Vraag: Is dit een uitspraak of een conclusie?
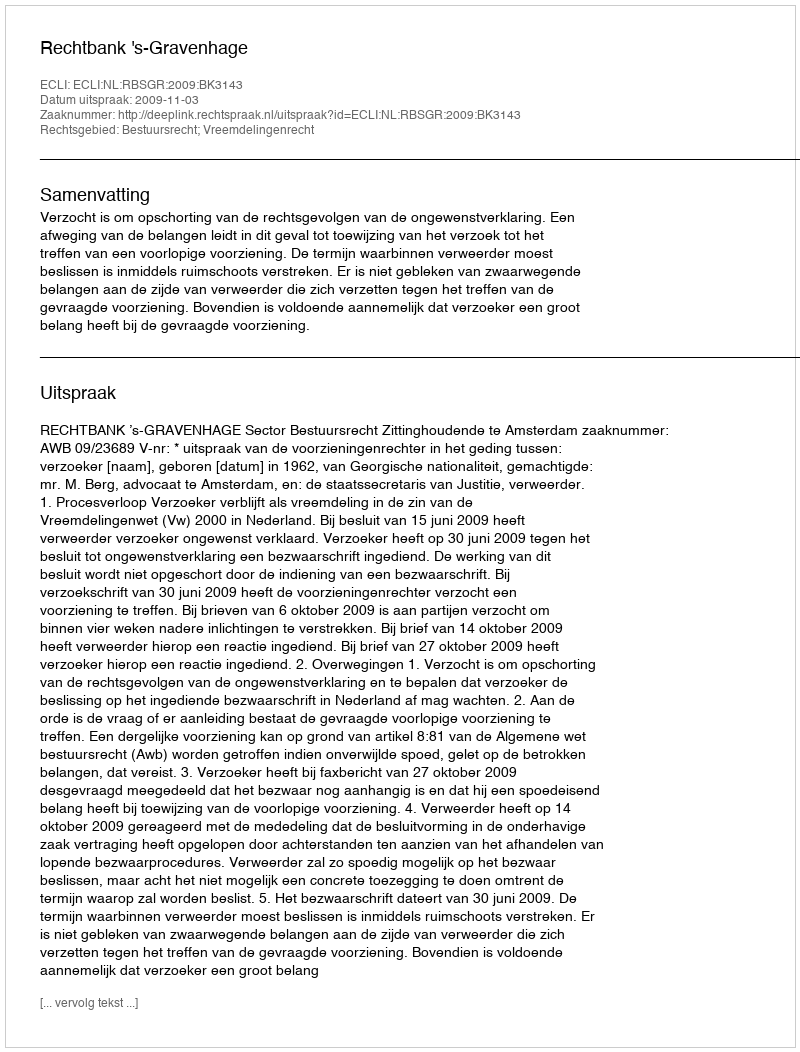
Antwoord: Uitspraak